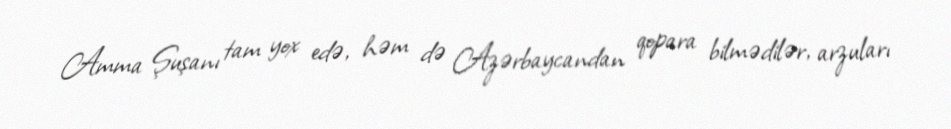
Amma Şuşanı tam yox edə, həm də Azərbaycandan qopara bilmədilər, arzuları